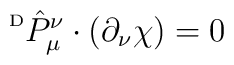
\raisebox{2.0mm}{{\tiny D}}\hat{P}^{\nu}_{\mu} \cdot (\partial_{\nu} \chi) = 0